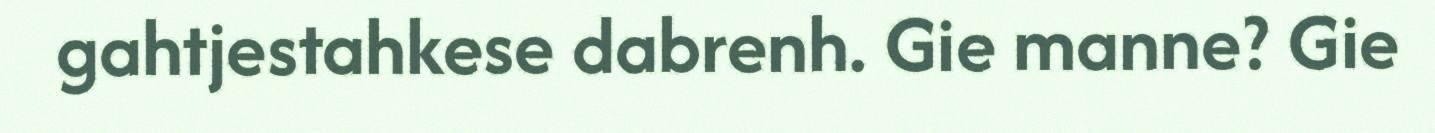
gahtjestahkese dabrenh. Gie manne? Gie